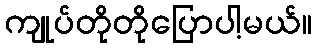
ကျုပ်တိုတိုပြောပါ့မယ်။